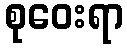
စုဝေးရာ